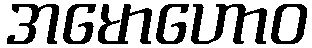
အမောဟောဝ